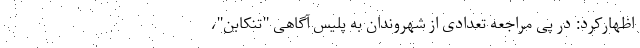
اظهارکرد: در پی مراجعه تعدادی از شهروندان به پلیس آگاهی "تنکابن"،